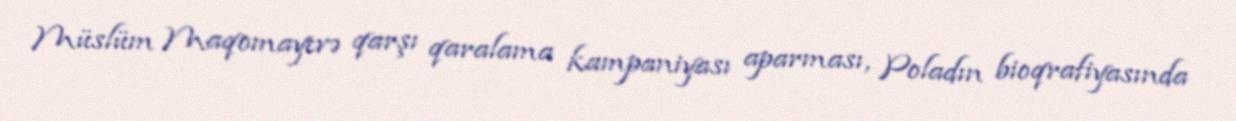
Müslüm Maqomayevə qarşı qaralama kampaniyası aparması, Poladın bioqrafiyasında